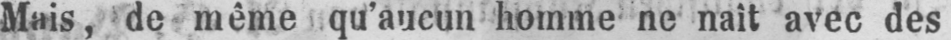
Mais, de même qu’aucun homme ne naît avec des